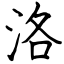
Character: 洛